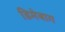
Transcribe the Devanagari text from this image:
डिमेबाग